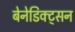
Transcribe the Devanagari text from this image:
बेनेडिक्ट्सन